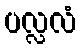
ပလ္လလံ